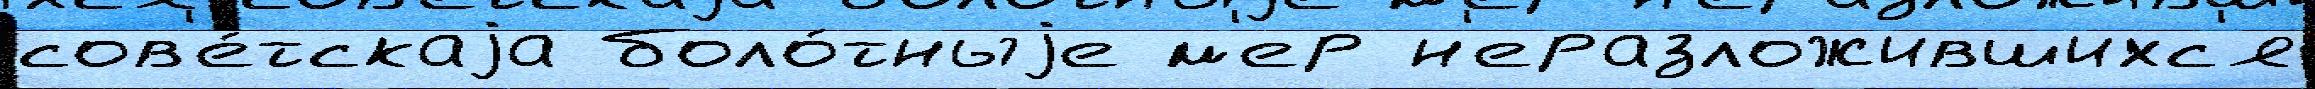
сов'е́тскаjа боло́тныjе м'ер н'еразложившихс'я